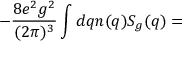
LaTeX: - \frac { 8 e ^ { 2 } g ^ { 2 } } { ( 2 \pi ) ^ { 3 } } \int d q n ( q ) S _ { g } ( q ) =